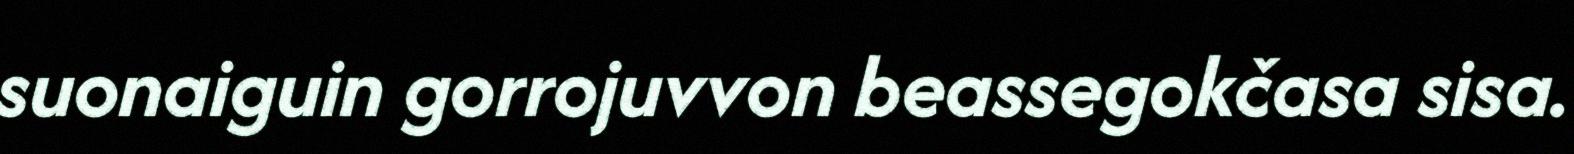
suonaiguin gorrojuvvon beassegokčasa sisa.